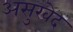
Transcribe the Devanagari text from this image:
असुरवेद